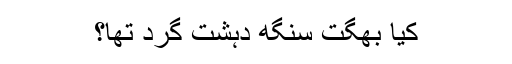
کیا بھگت سنگھ دہشت گرد تھا؟